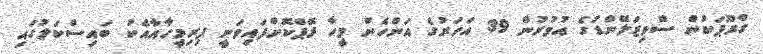
ގްރޫޕަކުން ސްވިޒަލޭންޑުގެ އުމުރުން 39 އަހަރުގެ އަންހެން މީހާ ރޭޕްކޮށްފައިވަނީ ފިރިމީހާއާއެކު ބައިސްކަލުގައި